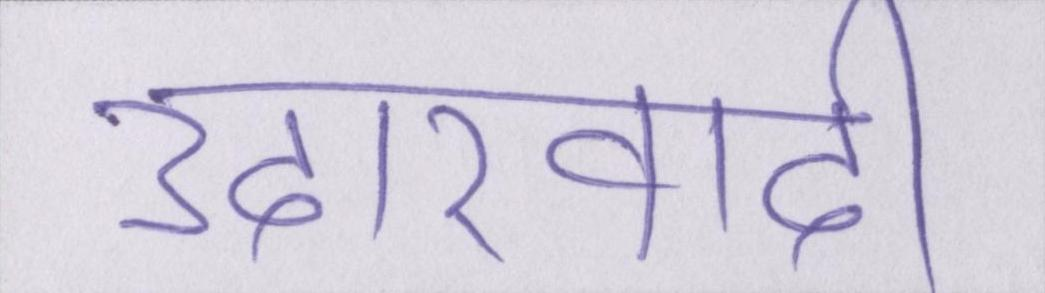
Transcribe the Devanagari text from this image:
उदारवादी